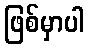
ဖြစ်မှာပါ